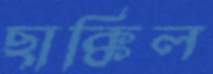
ছাক্কিল